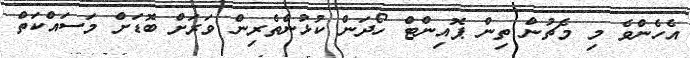
އެހެންވެ މި މެޗުން ތިން ޕޮއިންޓް ހޯދަން ކުޅުންތެރިން ވަރަށް ބޮޑަށް މަސައްކަތް